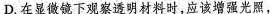
D.在显微镜下观察透明材料时，应该增强光照，